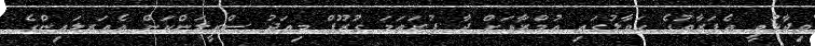
ވިދާޅުވީ އެފަރާތުގެ ހަވާލުގައި ޢުމްރާއަށް ދާ ފުރަތަމަ ގުރޫޕް މިއަދު ސްރީލަންކަން އެއަރލައިންގެ